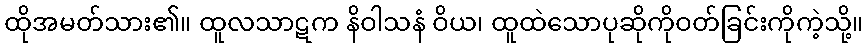
ထိုအမတ်သား၏။ ထူလသာဋက နိဝါသနံ ဝိယ၊ ထူထဲသောပုဆိုကိုဝတ်ခြင်းကိုကဲ့သို့။